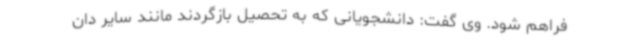
فراهم شود. وی گفت: دانشجویانی که به تحصیل بازگردند مانند سایر دان